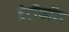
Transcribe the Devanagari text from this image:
डेटीफाॅस